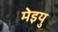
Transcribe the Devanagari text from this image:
मेइयु